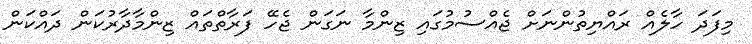
މިފަދަ ހާލެއް ރައްޔިތުންނަށް ޖެއްސުމުގައި ޒިންމާ ނަގަން ޖެހޭ ފަރާތްތައް ޒިންމާދާރުކަން ދައްކަން